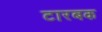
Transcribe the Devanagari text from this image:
टारबक